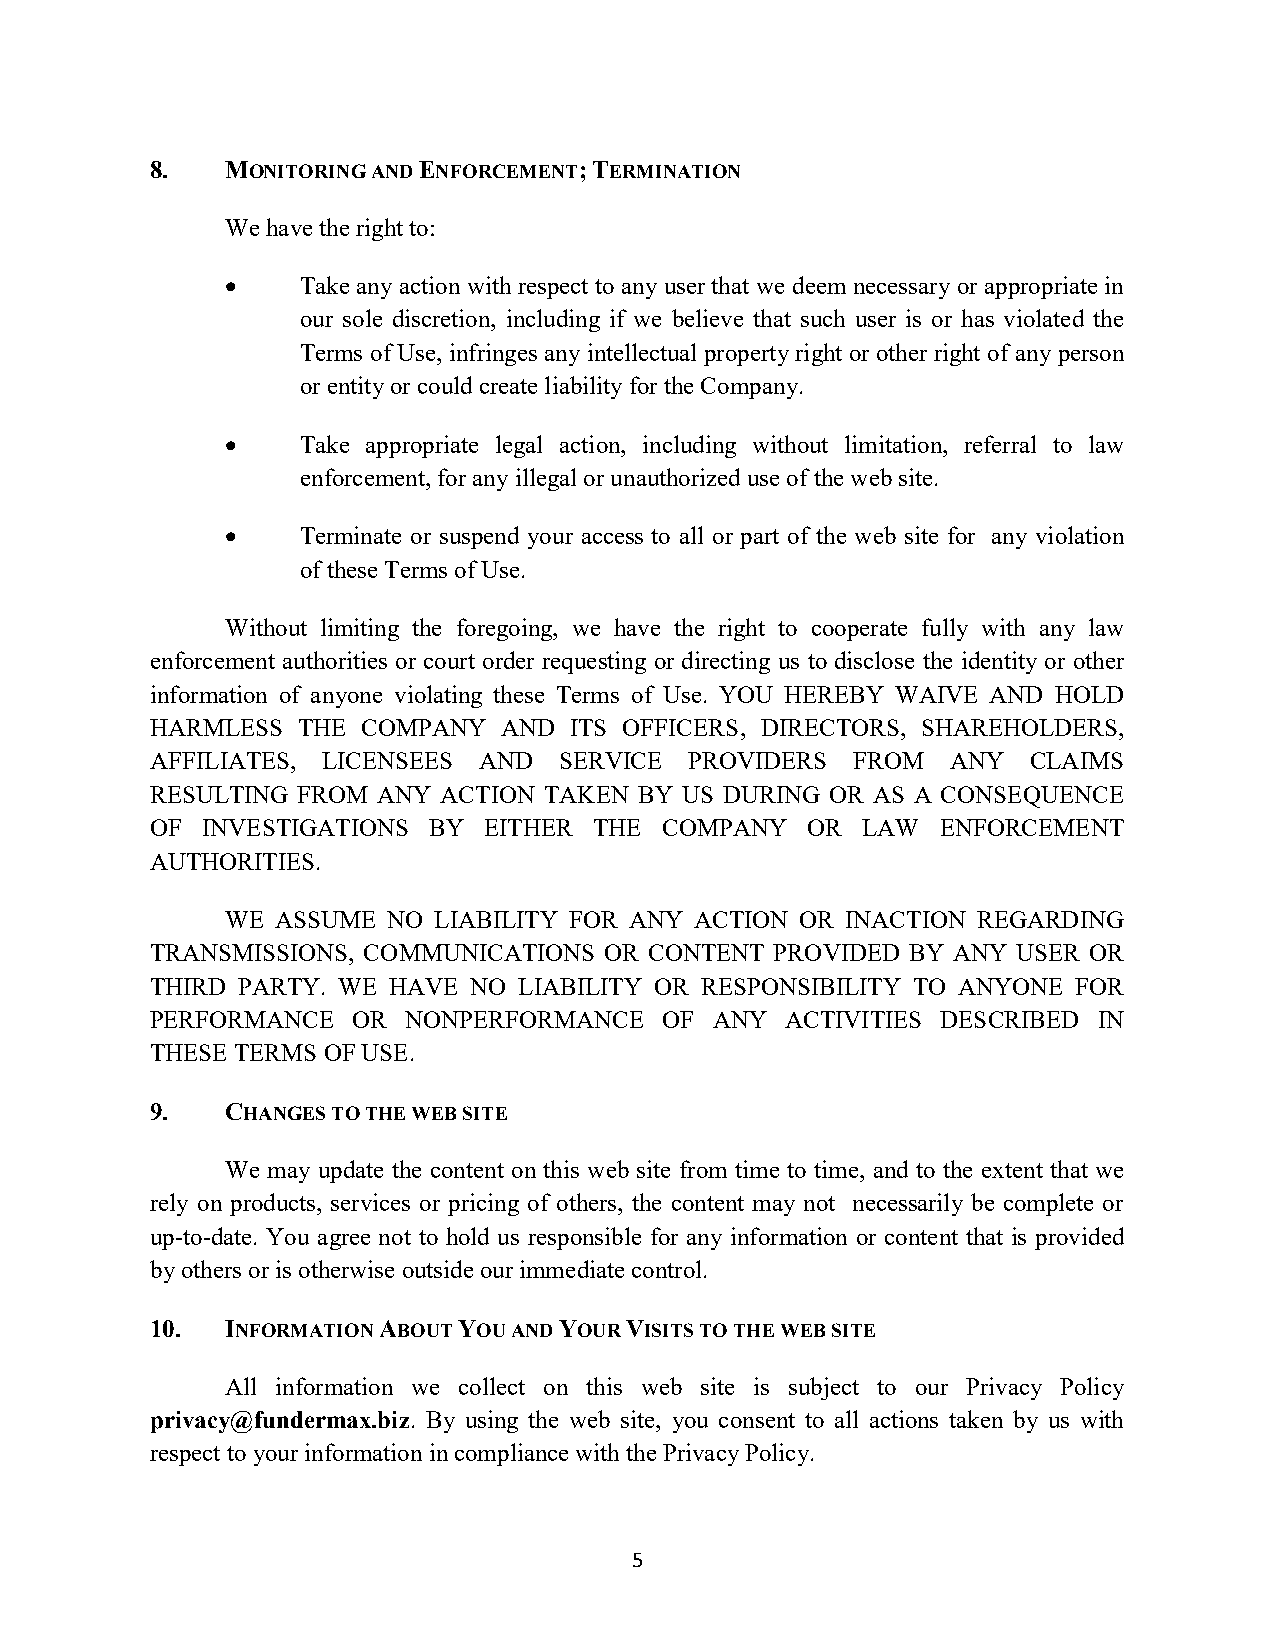
8.   MONITORING AND ENFORCEMENT; TERMINATION
 We have the right to:
     Take any action with respect to any user that we deem necessary or appropriate in
 our sole discretion, including if we believe that such user is or has violated the
 Terms of Use, infringes any intellectual property right or other right of any person
 or entity or could create liability for the Company.
     Take appropriate legal action, including without limitation, referral to law
 enforcement, for any illegal or unauthorized use of the web site.
     Terminate or suspend your access to all or part of the web site for any violation
 of these Terms of Use.
 Without limiting the foregoing, we have the right to cooperate fully with any law
 enforcement authorities or court order requesting or directing us to disclose the identity or other
 information of anyone violating these Terms of Use. YOU HEREBY WAIVE AND HOLD
 HARMLESS  THE COMPANY  AND  ITS OFFICERS, DIRECTORS, SHAREHOLDERS,
 AFFILIATES, LICENSEES AND  SERVICE  PROVIDERS FROM   ANY  CLAIMS
 RESULTING FROM ANY ACTION TAKEN BY US DURING OR AS A CONSEQUENCE
 OF INVESTIGATIONS BY  EITHER THE  COMPANY  OR  LAW  ENFORCEMENT
 AUTHORITIES.
 WE ASSUME  NO LIABILITY FOR ANY ACTION OR INACTION REGARDING
 TRANSMISSIONS, COMMUNICATIONS OR CONTENT PROVIDED BY ANY USER OR
 THIRD PARTY. WE HAVE NO LIABILITY OR RESPONSIBILITY TO ANYONE FOR
 PERFORMANCE  OR  NONPERFORMANCE   OF ANY  ACTIVITIES DESCRIBED IN
 THESE TERMS OF USE.
 9.   CHANGES TO THE WEB SITE
 We may update the content on this web site from time to time, and to the extent that we
 rely on products, services or pricing of others, the content may not necessarily be complete or
 up-to-date. You agree not to hold us responsible for any information or content that is provided
 by others or is otherwise outside our immediate control.
 10.  INFORMATION ABOUT YOU AND YOUR VISITS TO THE WEB SITE
 All information we collect on this web site is subject to our Privacy Policy
 privacy@fundermax.biz. By using the web site, you consent to all actions taken by us with
 respect to your information in compliance with the Privacy Policy.
 5